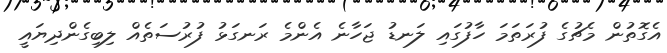
އެގޮތުން މެޗުގެ ފުރަތަމަ ހާފުގައި ލަނޑު ޖަހާނެ އެންމެ ރަނގަޅު ފުރުސަތެއް ލިބިގެންދިޔައީ